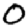
Digit: 0